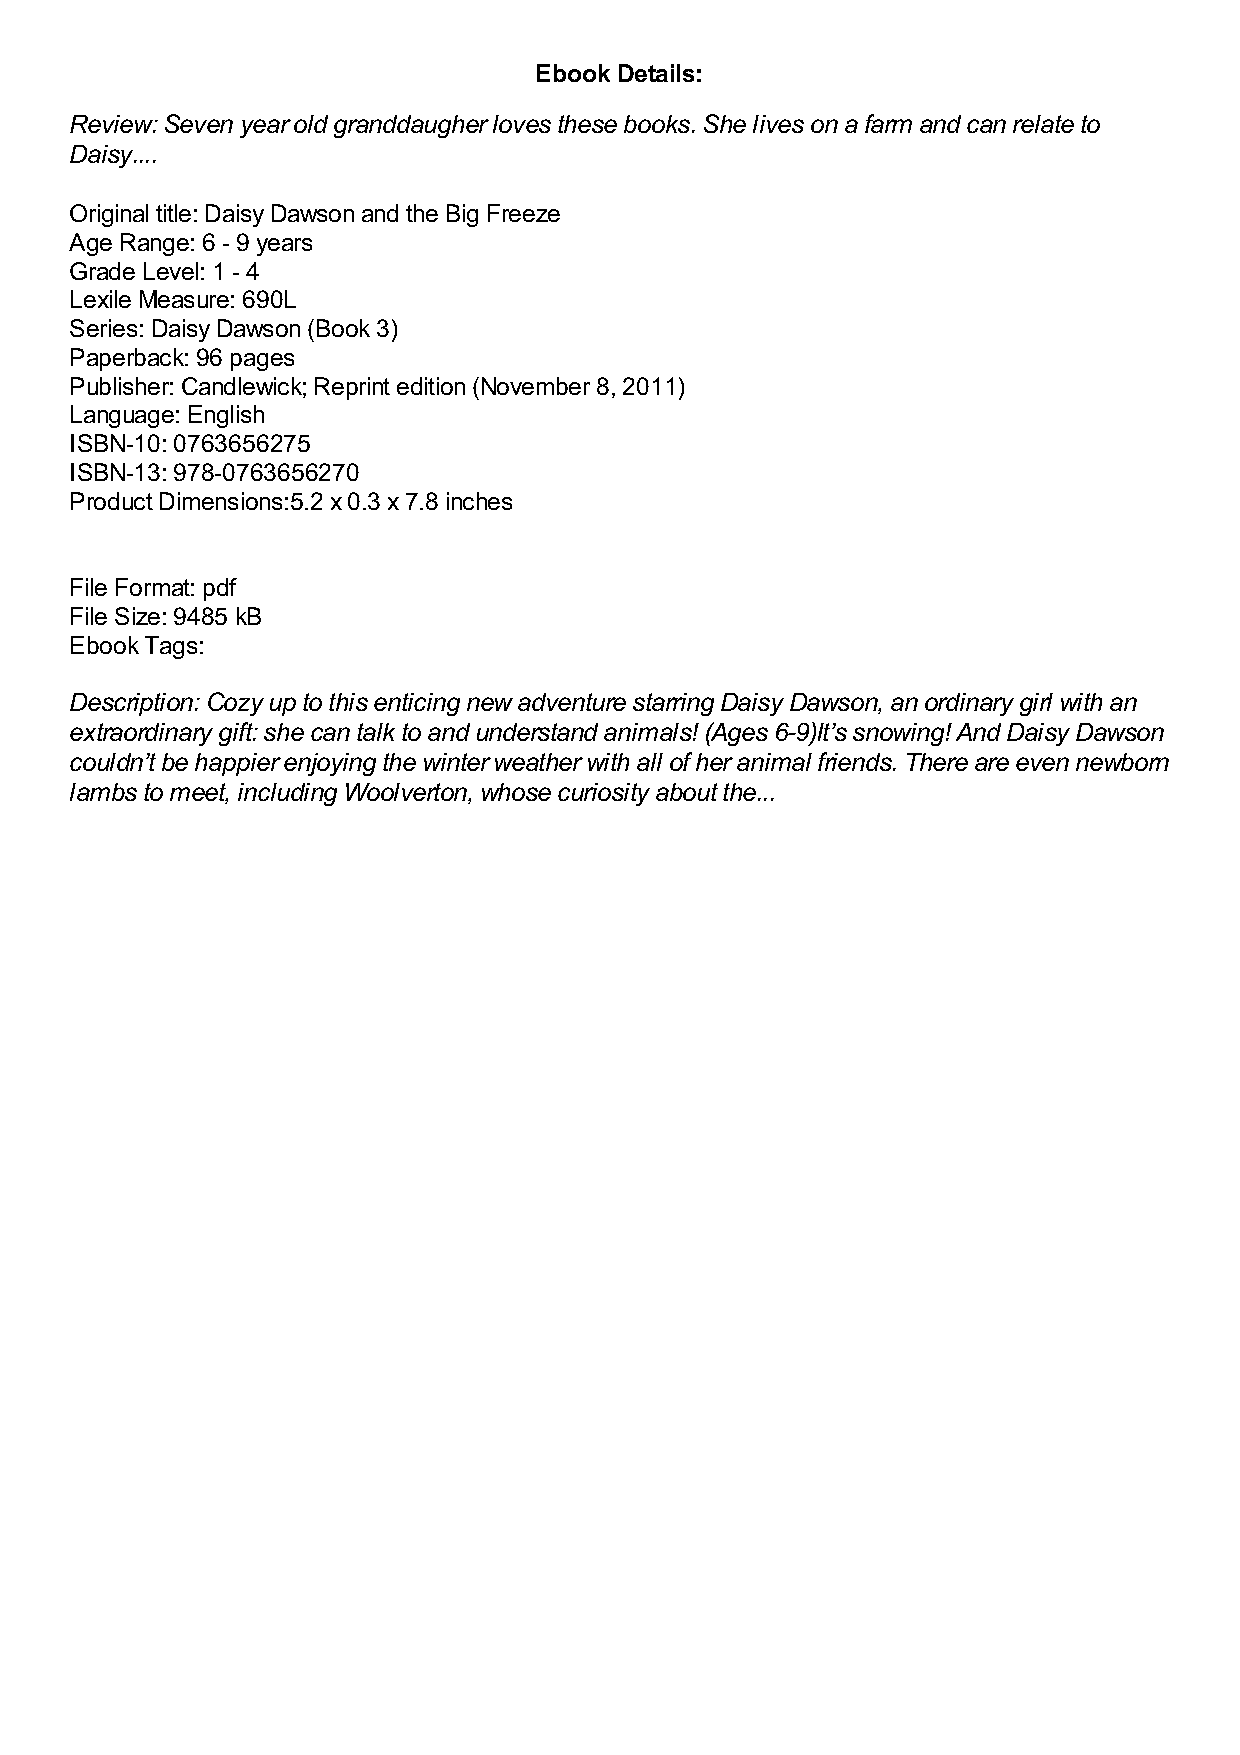
Ebook Details:
 Review: Seven year old granddaugher loves these books. She lives on a farm and can relate to
 Daisy....
 Original title: Daisy Dawson and the Big Freeze
 Age Range: 6 - 9 years
 Grade Level: 1 - 4
 Lexile Measure: 690L
 Series: Daisy Dawson (Book 3)
 Paperback: 96 pages
 Publisher: Candlewick; Reprint edition (November 8, 2011)
 Language: English
 ISBN-10: 0763656275
 ISBN-13: 978-0763656270
 Product Dimensions:5.2 x 0.3 x 7.8 inches
 File Format: pdf
 File Size: 9485 kB
 Ebook Tags:
 Description: Cozy up to this enticing new adventure starring Daisy Dawson, an ordinary girl with an
 extraordinary gift: she can talk to and understand animals! (Ages 6-9)It’s snowing! And Daisy Dawson
 couldn’t be happier enjoying the winter weather with all of her animal friends. There are even newborn
 lambs to meet, including Woolverton, whose curiosity about the...